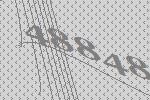
48848